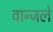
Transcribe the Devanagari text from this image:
वान्जले